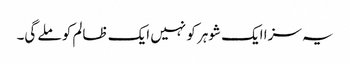
یہ سزا ایک شوہر کو نہیں ایک ظالم کو ملے گی۔